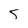
Character: 5